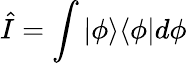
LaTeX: {\hat{I}}=\int|\phi\rangle\langle\phi|d\phi